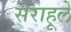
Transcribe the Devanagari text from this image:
सेराहूले